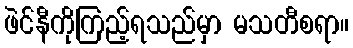
ဖဲင်နီကိုကြည့်ရသည်မှာ မသတီစရာ။